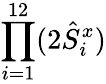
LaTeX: \prod_{i=1}^{12}(2\hat{S}_{i}^{x})